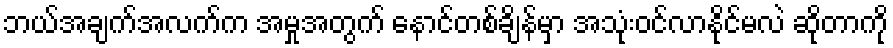
ဘယ်အချက်အလက်က အမှုအတွက် နောင်တစ်ချိန်မှာ အသုံးဝင်လာနိုင်မလဲ ဆိုတာကို